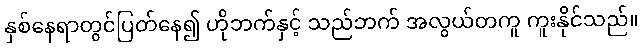
နှစ်နေရာတွင်ပြတ်နေ၍ ဟိုဘက်နှင့် သည်ဘက် အလွယ်တကူ ကူးနိုင်သည်။